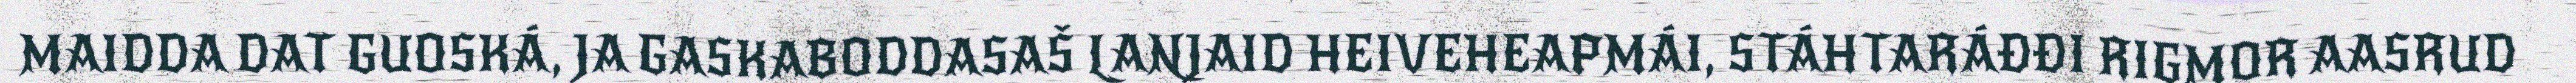
MAIDDA DAT GUOSKÁ, JA GASKABODDASAŠ LANJAID HEIVEHEAPMÁI, STÁHTARÁĐĐI RIGMOR AASRUD